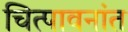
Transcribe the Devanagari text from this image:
चित्पावनांत